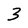
Character: 3